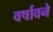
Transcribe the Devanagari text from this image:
वर्षावने